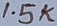
Text: 1.5K